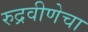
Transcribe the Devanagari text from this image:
रुद्रवीणेचा